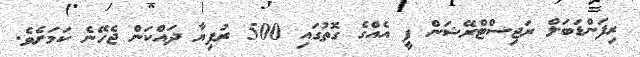
ރިފަންޑަބަލް ރަޖިސްޓްރޭޝަން ފީ އެއްގެ ގޮތުގަައި 500 ރުފިޔާ ދައްކަން ޖެހޭނެ ކަމަށެވެ.